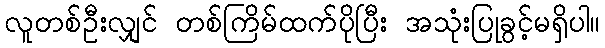
လူတစ်ဦးလျှင် တစ်ကြိမ်ထက်ပိုပြီး အသုံးပြုခွင့်မရှိပါ။